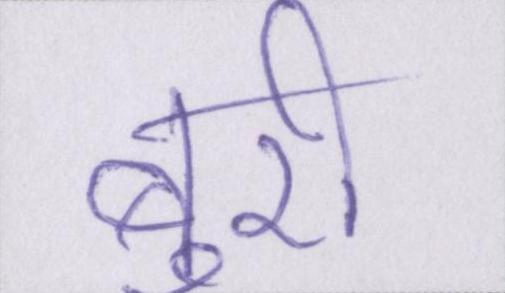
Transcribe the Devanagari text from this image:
बुरी